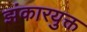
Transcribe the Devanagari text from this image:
झंकारयुक्त